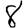
Digit: 8